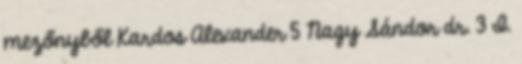
mezőnyből Kardos Alexander 5 Nagy Sándor dr. 3 I.